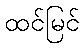
ထင်မြင်